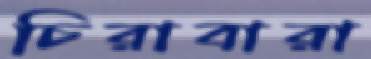
চিরাবারা